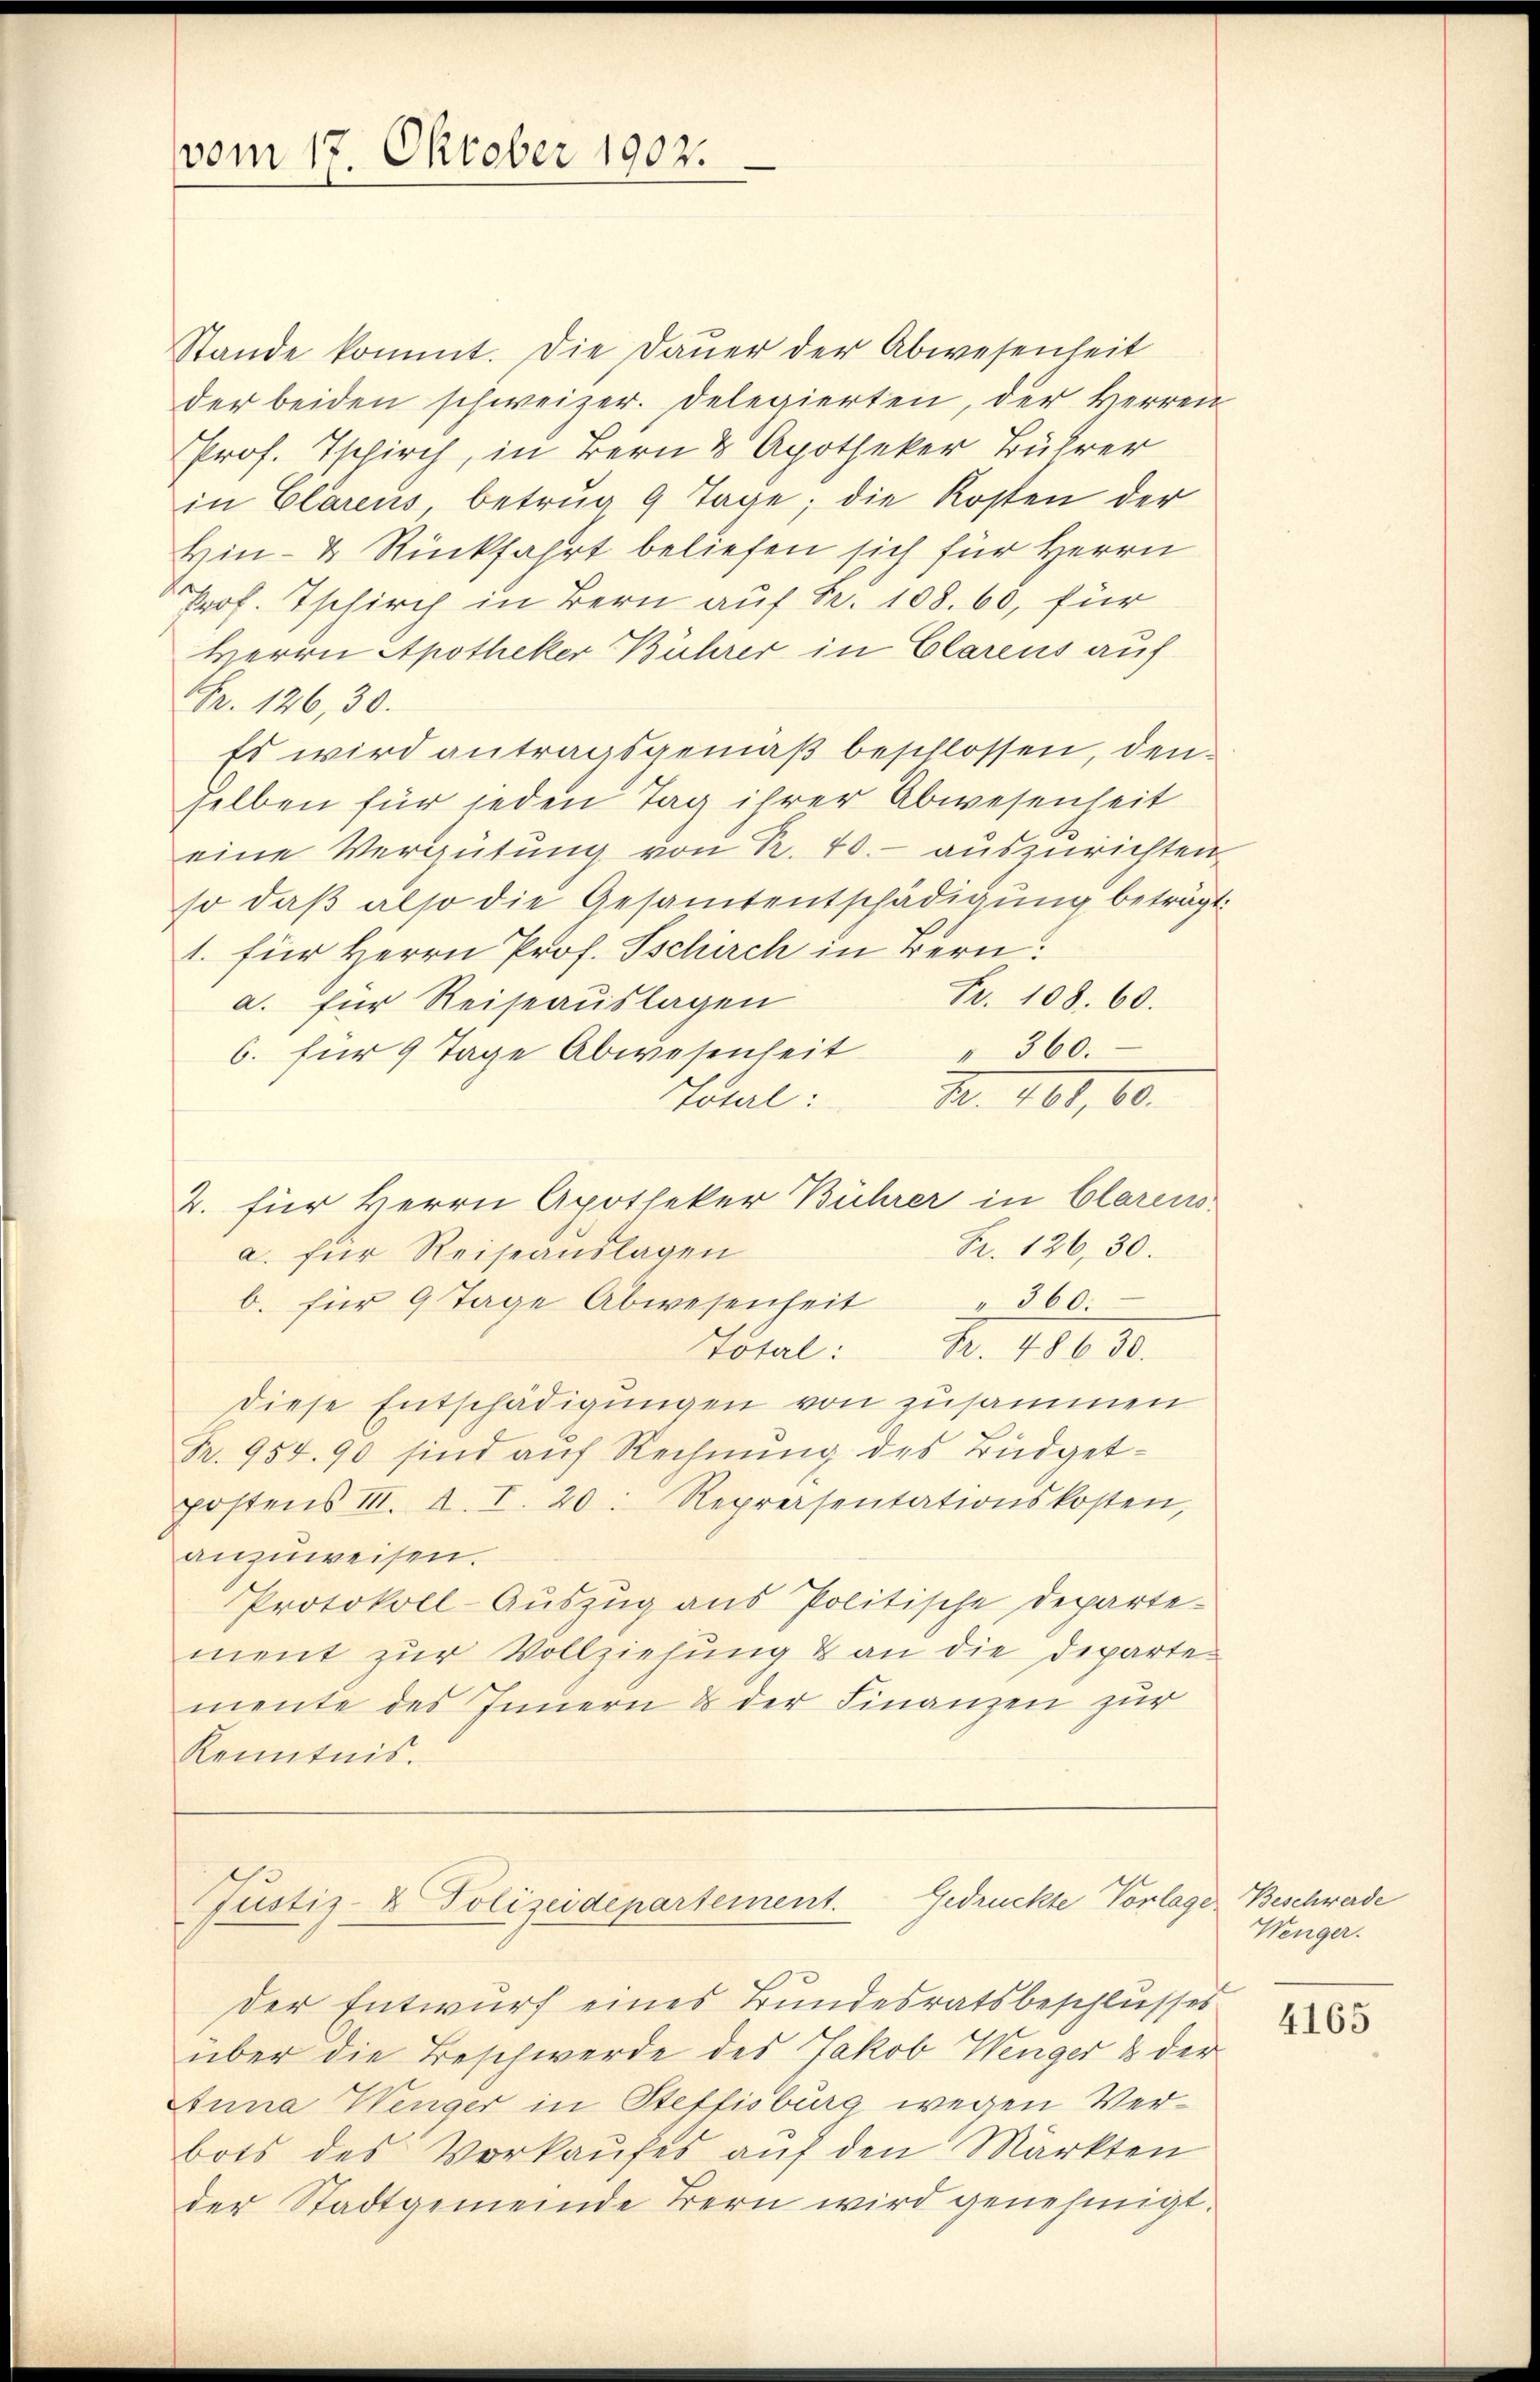
vom 13. Oktober 1902.

Stande kommt. Die Daŭer der Abwesenheit
der beiden schweizer. Delegierten, der Herren
Prof. Tschirch, in Bern & Apotheker Bührer
in Clarens betrŭg 9 Tage; die Kosten der
Hin- & Rückfahrt beliefen sich für Herrn
Prof. Tschirch in Bern auf Fr. 108. 60, für
Herrn Apotheker Bührer in Clarens auf
Fr. 126, 30.
Es wird antragsgemäß beschlossen, denselben für jeden Tag ihrer Abwesenheit
eine Vergütung von R. 40.- auszurichten,
so daß also die Gesamtentschädigung beträgt
1. für Herrn Prof. Schirch in Bern:
Fr. 108. 60.
a. für Reiseauslagen
6. für 9 Tage Abwesenheit " 360.
Total: 1. 401,600.
2. für Herrn Apotheker Bührer in Clarens
Fr. 126, 30.
a. für Reiseauslagen
b. für 9 Tage Abwesenheit " 360.
Total: Fr. 48630.
diese Entschädigungen von zusammen
Pr. 954. 90 sind auf Rechnung des Büdgetpostens III. A. I. 20: Repreisentationskosten,
anzuweisen.
Protokoll-Auszug aus Politische Departement zur Vollziehung & an die Departemente des Innern & der Finanzen zur
Kenntnis.

Justiz- & Polizeidepartement. Gedrückte Vorlage

der Entwurf eines Bundesratsbeschlusses
über die Beschwerde des Jakob Wenger & der
Anna Wenger in Steffisburg wegen Verbots des Vorkaufes auf den Märkten
der Stadtgemeinde Bern wird genehmigt.

Beschwerde
Wenger.

4165